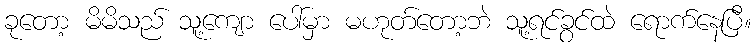
ခုတော့ မိမိသည် သူ့ကျော ပေါ်မှာ မဟုတ်တော့ဘဲ သူ့ရင်ခွင်ထဲ ရောက်နေပြီ။